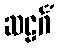
ဆဠင်္ဂံ